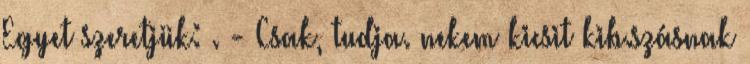
Egyet szeretjük: . - Csak, tudja. nekem kicsit kib.szásnak